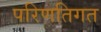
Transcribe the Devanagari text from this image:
परिणतिगत